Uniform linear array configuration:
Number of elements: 48
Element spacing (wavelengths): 0.25
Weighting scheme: kaiser
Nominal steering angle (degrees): -45
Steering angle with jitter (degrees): -46.061
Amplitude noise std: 0.05
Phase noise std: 0.05

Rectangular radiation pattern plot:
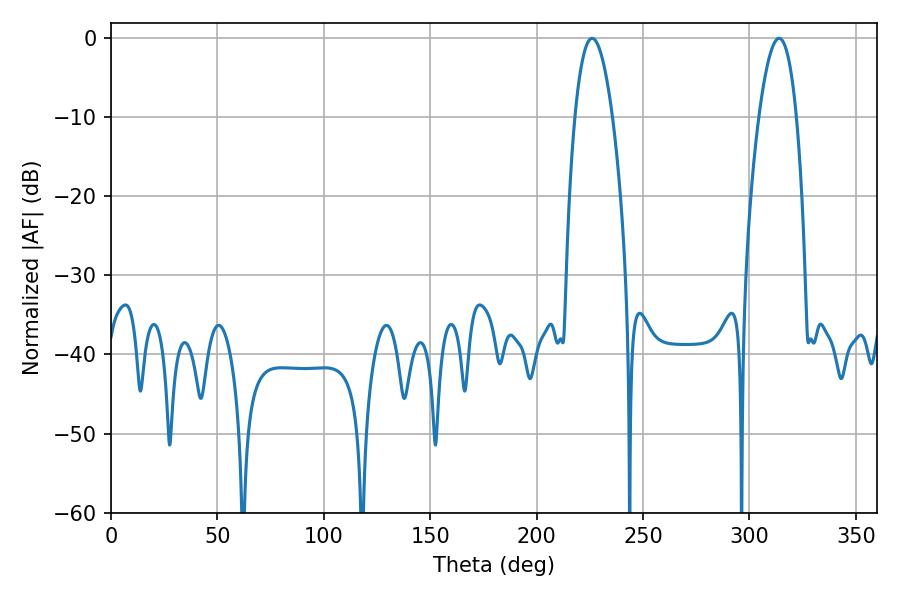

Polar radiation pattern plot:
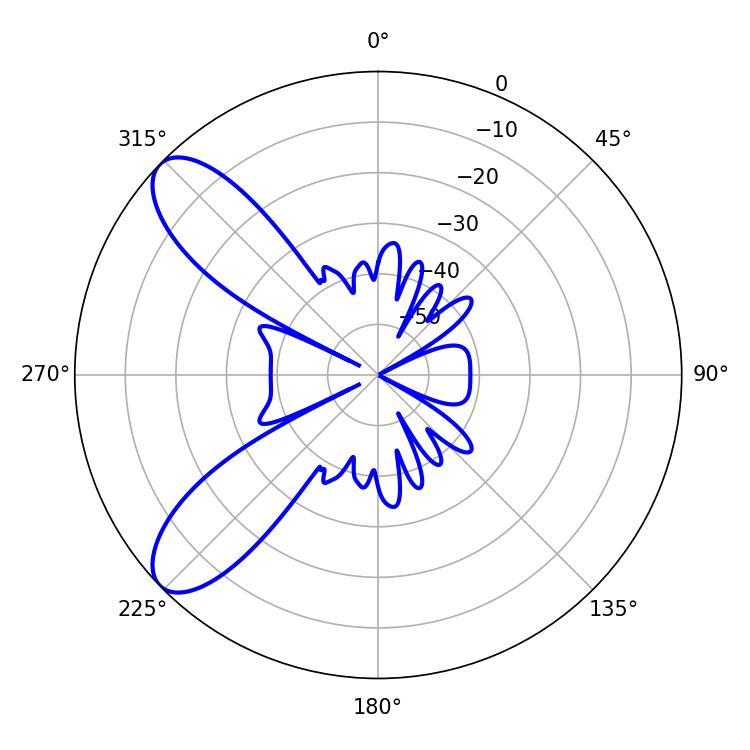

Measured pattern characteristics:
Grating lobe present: FALSE
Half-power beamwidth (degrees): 9.72
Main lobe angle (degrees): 226.08